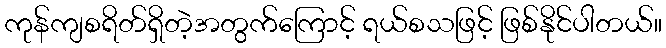
ကုန်ကျစရိတ်ရှိတဲ့အတွက်ကြောင့် ရယ်စသဖြင့် ဖြစ်နိုင်ပါတယ်။